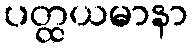
ပတ္ထယမာနာ